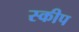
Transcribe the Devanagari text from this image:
स्कीप